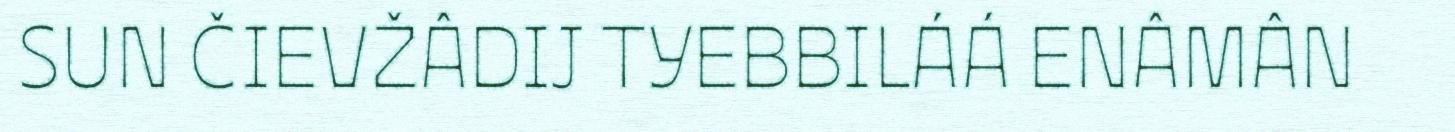
SUN ČIEVŽÂDIJ TYEBBILÁÁ ENÂMÂN